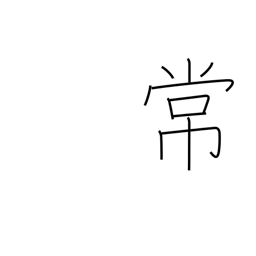
Meaning: regular